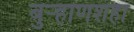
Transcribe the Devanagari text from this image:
बुर्‍हाणशहा